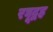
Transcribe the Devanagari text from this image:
रघूद्वह